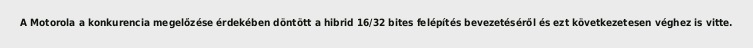
A Motorola a konkurencia megelőzése érdekében döntött a hibrid 16/32 bites felépítés bevezetéséről és ezt következetesen véghez is vitte.